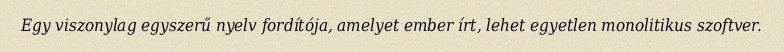
Egy viszonylag egyszerű nyelv fordítója, amelyet ember írt, lehet egyetlen monolitikus szoftver.